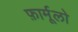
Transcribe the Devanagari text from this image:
फ़ार्मूलो